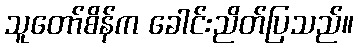
သူတော်စိန်က ခေါင်းညိတ်ပြသည်။